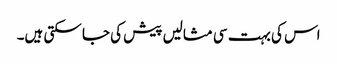
اس کی بہت سی مثالیں پیش کی جا سکتی ہیں۔